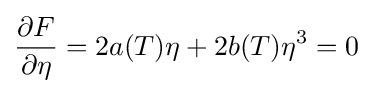
{\frac {\partial F}{\partial \eta }}=2a(T)\eta +2b(T)\eta ^{3}=0